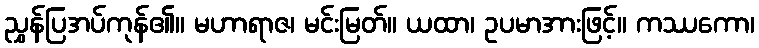
ညွှန်ပြအပ်ကုန်၏။ မဟာရာဇ၊ မင်းမြတ်။ ယထာ၊ ဥပမာအားဖြင့်။ ကဿကော၊